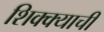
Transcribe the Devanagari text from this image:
शिक्क्याची